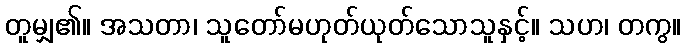
တူမျှ၏။ အသတာ၊ သူတော်မဟုတ်ယုတ်သောသူနှင့်။ သဟ၊ တကွ။